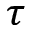
\tau